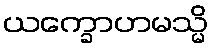
ယက္ခောဟမသ္မိ